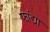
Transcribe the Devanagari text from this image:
फांद्यां